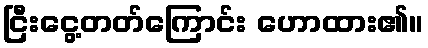
ငြီးငွေ့တတ်ကြောင်း ဟောထား၏။